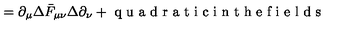
= \partial _ { \mu } \Delta \bar { F } _ { \mu \nu } \Delta \partial _ { \nu } + \textrm { q u a d r a t i c i n t h e f i e l d s }